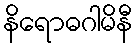
နိရောဓဂါမိနီ